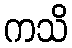
ကသိ